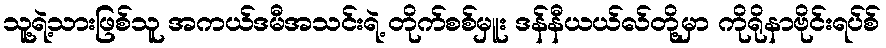
သူ့ရဲ့သားဖြစ်သူ အကယ်ဒမီအသင်းရဲ့ တိုက်စစ်မှူး ဒန်နီယယ်လ်တို့မှာ ကိုရိုနာဗိုင်းရပ်စ်